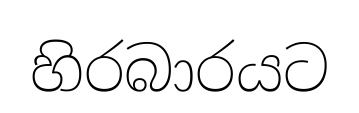
හිරබාරයට